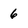
Character: 6